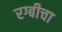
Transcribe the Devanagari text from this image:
रग्बीचा